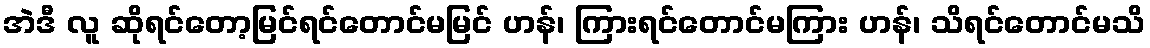
အဲဒီ လူ ဆိုရင်တော့မြင်ရင်တောင်မမြင် ဟန်၊ ကြားရင်တောင်မကြား ဟန်၊ သိရင်တောင်မသိ